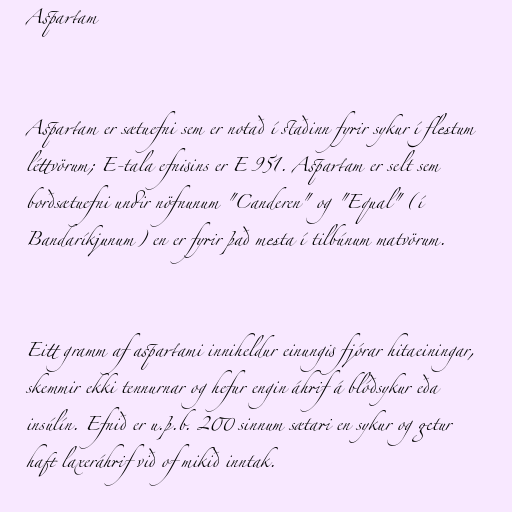
Aspartam

Aspartam er sætuefni sem er notað í staðinn fyrir sykur í flestum
léttvörum; E-tala efnisins er E 951. Aspartam er selt sem
borðsætuefni undir nöfnunum "Canderen" og "Equal" (í
Bandaríkjunum) en er fyrir það mesta í tilbúnum matvörum.

Eitt gramm af aspartami inniheldur einungis fjórar hitaeiningar,
skemmir ekki tennurnar og hefur engin áhrif á blóðsykur eða
insúlín. Efnið er u.þ.b. 200 sinnum sætari en sykur og getur
haft laxeráhrif við of mikið inntak.